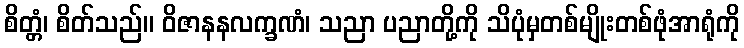
စိတ္တံ၊ စိတ်သည်။ ဝိဇာနနလက္ခဏံ၊ သညာ ပညာတို့ကို သိပုံမှတစ်မျိုးတစ်ဖုံအာရုံကို